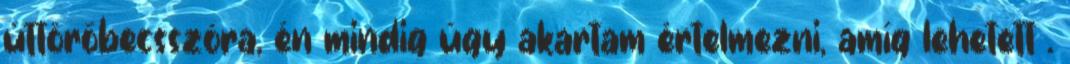
úttörőbecsszóra, én mindig úgy akartam értelmezni, amíg lehetett .